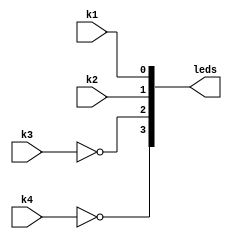
// This program was cloned from: https://github.com/michaelliao/learn-verilog
// License: GNU General Public License v3.0

// LED controlled by keys.

module led(
    input k1,
    input k2,
    input k3,
    input k4,
    output[3:0] leds
);
    assign leds[0] = k1;
    assign leds[1] = k2;
    assign leds[2] = ~k3;
    assign leds[3] = ~k4;
endmodule